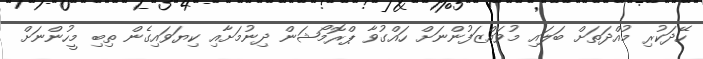
ހޭދަކުރި މުއްދަތަށް ބަލައި މުވައްޒަފުންނަށް ހައްގުވާ ޕްރޮމޯޝަން ދިނުމަށާއި ކިޔަވައިގެން ތިބި މީހުންނަށް